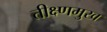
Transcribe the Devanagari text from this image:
तीक्ष्णमुख